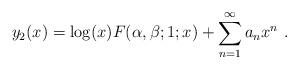
LaTeX: \begin{align*}y_2 ( x ) = \log ( x ) F ( \alpha, \beta; 1; x ) +\sum_{n = 1}^{\infty} a_n x^n \ .\end{align*}